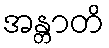
အန္တာတိ